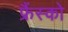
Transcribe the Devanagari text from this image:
फ्रैंस्को